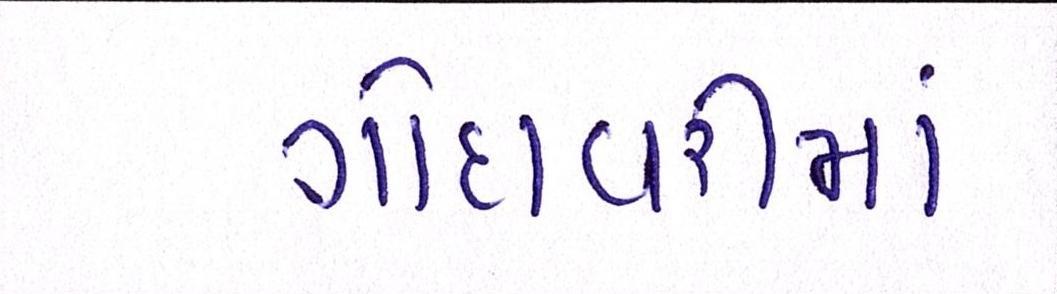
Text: ગોદાવરીમાં